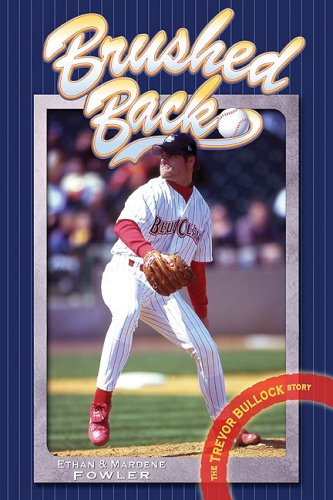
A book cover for Brushed Back: The Trevor Bullock Story; Ethan Fowler; Teen & Young Adult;